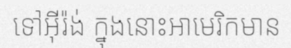
ទៅអ៊ីរ៉ង់ ក្នុងនោះអាមេរិកមាន